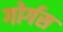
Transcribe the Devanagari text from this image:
गोर्गस